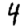
Digit: 4